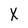
Character: X